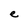
Character: e